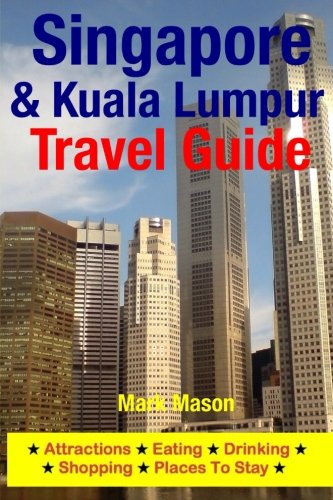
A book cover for Singapore & Kuala Lumpur Travel Guide: Attractions, Eating, Drinking, Shopping & Places To Stay; Mark Mason; Travel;